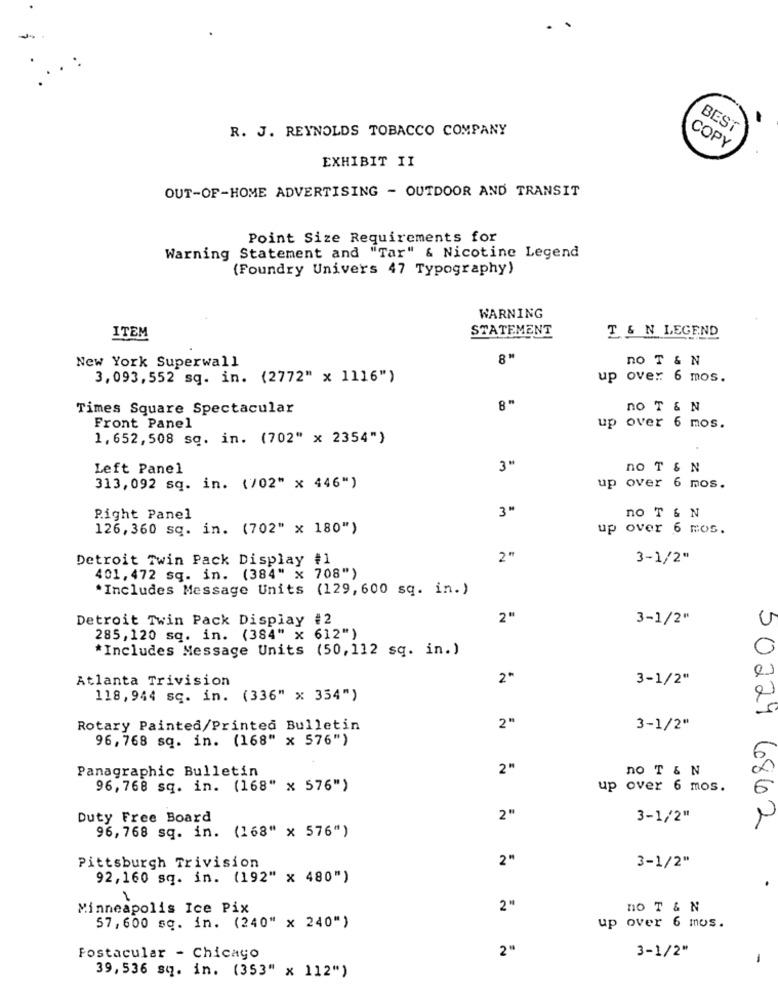
R. J. REYNOLDS TOBACCO COMPANY
BEST
COPY
EXHIBIT II
OUT-OF-HOME ADVERTISING - OUTDOOR AND TRANSIT
Point Size Requirements for
Warning Statement and "Tar" & Nicotine Legend
(Foundry Univers 47 Typography)
WARNING
STATEMENT
T & N LEGEND
ITEM
New York Superwall
8"
no T & N
3,093,552 sq. in. (2772" x 1116")
up over 6 mos.
Times Square Spectacular
no T & N
Front Panel
up over 6 mos.
1,652,508 sq. in. (702" x 2354")
Left Panel
3"
no T & N
313,092 sq. in. (702" x 446")
up over 6 mos.
3"
no T & N
Right Panel
126, 360 sq. in. (702" x 180")
up over 6 mos.
Detroit Twin Pack Display #1
2"
3-1/2"
401, 472 sq. in. (384" x 708")
*Includes Message Units (129, 600 sq. in.)
Detroit Twin Pack Display #2
2"
3-1/2"
285, 120 sq. in. (384" x 612")
*Includes Message Units (50, 112 sq. in.)
Atlanta Trivision
2*
3-1/2"
118,944 sq. in. (336" x 354")
50221
Rotary Painted/Printed Bulletin
2"
3-1/2"
96,768 sq. in. (168" x 576")
Panagraphic Bulletin
2"
no T & N
96,768 sq. in. (168" x 576")
up over 6 mos.
Duty Free Board
2"
3-1/2"
96,768 sq. in. (168" x 576")
6862
2"
3-1/2"
Pittsburgh Trivision
92,160 sq. in. (192" x 480")
1
Minneapolis Ice Pix
2"
no T & N
up over 6 mos.
57,600 sq. in. (240" x 240")
2"
3-1/2"
Fostacular - Chicago
-
39, 536 sq. in. (353" x 112")